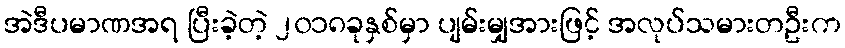
အဲဒီပမာဏအရ ပြီးခဲ့တဲ့ ၂၀၁၈ခုနှစ်မှာ ပျမ်းမျှအားဖြင့် အလုပ်သမားတဦးက